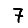
Digit: 7